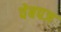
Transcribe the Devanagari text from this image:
वेबपज